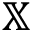
\mathbb { X }